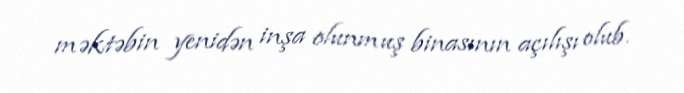
məktəbin yenidən inşa olunmuş binasının açılışı olub.